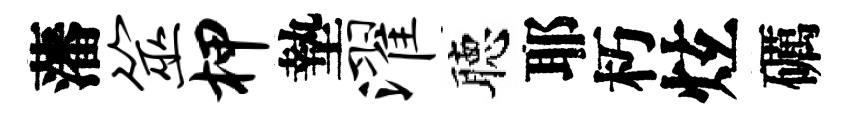
藩筮柙墊濯聴耶朽炫礪